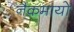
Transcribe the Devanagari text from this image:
नैकमायो